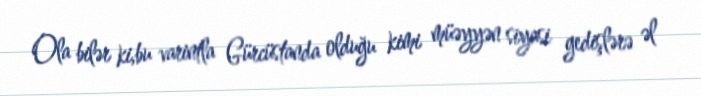
Ola bilər ki,bu varintla Gürcüstanda olduğu kimi müəyyən siyasi gedişlərə əl